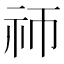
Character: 𬒭